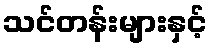
သင်တန်းများနှင့်